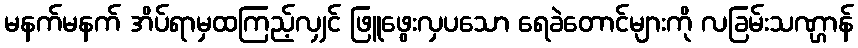
မနက်မနက် အိပ်ရာမှထကြည့်လျှင် ဖြူဖွေးလှပသော ရေခဲတောင်များကို လခြမ်းသဏ္ဌာန်